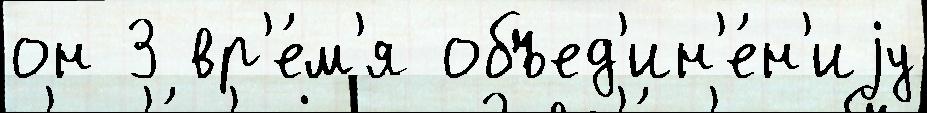
он 3 вр'е́м'я объед'ин'е́н'иjу